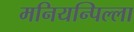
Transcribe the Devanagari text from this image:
मनियन्पिल्ला